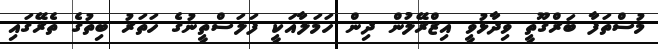
މުސްތަފާ ބަރްގޫތީ ވިދާޅުވީ އިޒްރޭލުން ދިން ހަމަލާއަކީ ފަލަސްތީނުގެ ހަތަރު ބިތުގެ ތެރޭގައި